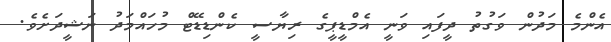
އެންމެ މަދުން ވަގުތު ދީފައި ވަނީ އެމްޑީޕީގެ ރިޔާސީ ކެންޑިޑޭޓް މުހައްމަދު ނަޝީދަށެވެ.